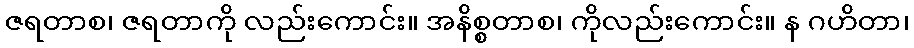
ဇရတာစ၊ ဇရတာကို လည်းကောင်း။ အနိစ္စတာစ၊ ကိုလည်းကောင်း။ န ဂဟိတာ၊